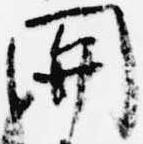
関